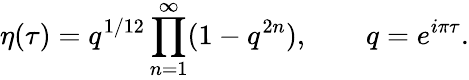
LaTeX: \eta(\tau)=q^{1/12}\prod_{n=1}^{\infty}(1-q^{2n}),\qquad q=e^{{i\pi\tau}}.